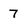
Character: 7